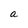
Character: a